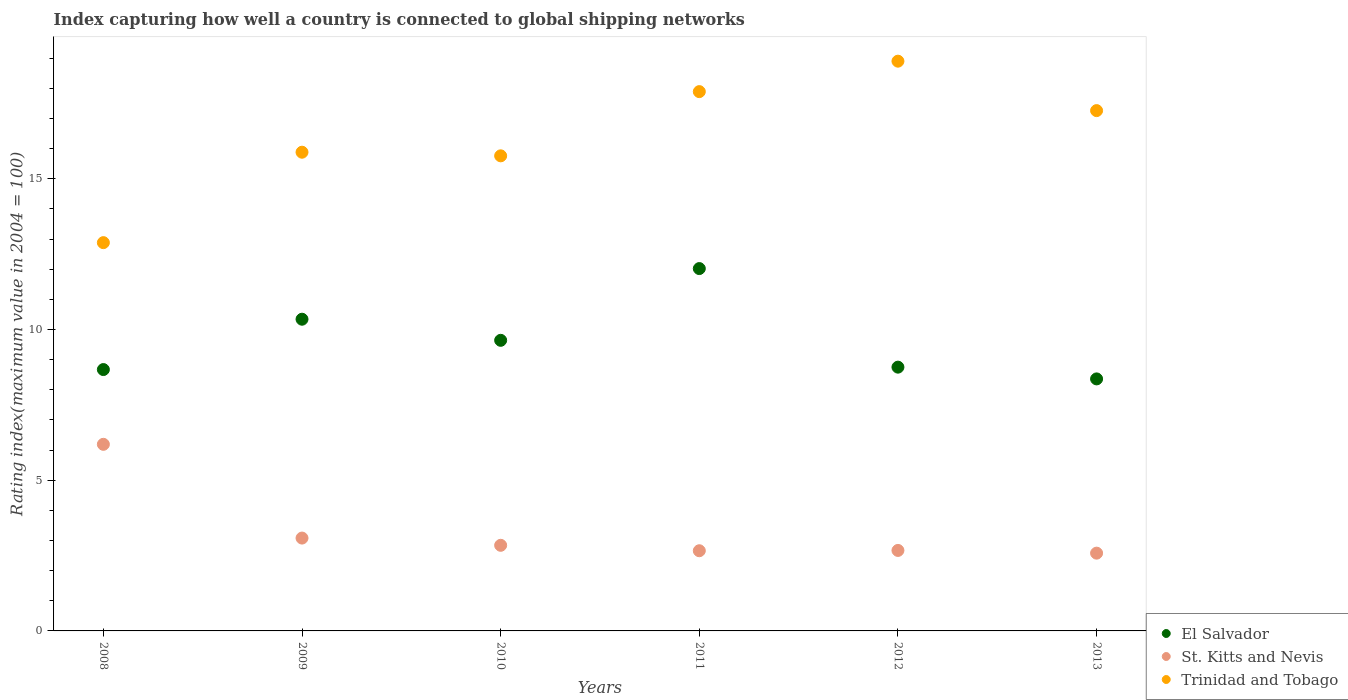
| Years | El Salvador | St. Kitts and Nevis | Trinidad and Tobago |
 | --- | --- | --- | --- |
 | 2008 | 8.67 | 6.19 | 12.9 |
 | 2009 | 10.3 | 3.08 | 15.9 |
 | 2010 | 9.64 | 2.84 | 15.8 |
 | 2011 | 12 | 2.66 | 17.9 |
 | 2012 | 8.75 | 2.67 | 18.9 |
 | 2013 | 8.36 | 2.58 | 17.3 |